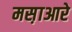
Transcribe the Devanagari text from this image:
मस़ाआरे